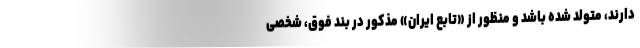
دارند، متولد شده باشد و منظور از «تابع ایران» مذکور در بند فوق، شخصی